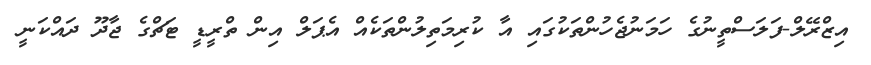
އިޒްރޭލް-ފަލަސްތީނުގެ ހަމަނުޖެހުންތަކުގައި އާ ކުރިމަތިލުންތަކެއް އެޕަލް އިން ތްރީޑީ ޓަޗްގެ ޖާދޫ ދައްކަނީ